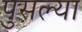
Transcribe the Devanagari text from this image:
पुसल्या